Scottish assistants in French and Prussian schools and colleges, 1912
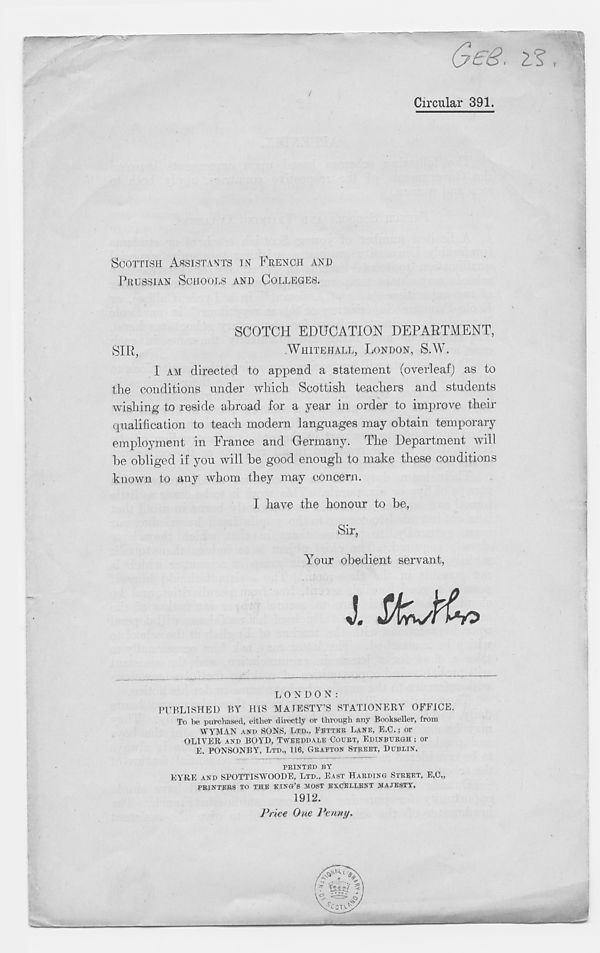
/
GES
Circular 391.
SCOTTISH ASSISTANTS IN FRENCH AND
PRUSSIAN SCHOOLS AND COLLEGES.
SIR,
SCOTCH EDUCATION DEPARTMENT,
.WHITEHALL, LONDON, S.W.
I AM directed to append a statement (overleaf) as to
the conditions under which Scottish teachers and students
wishing to reside abroad for a year in order to improve their
qualification to teach modern languages may obtain temporary
employment in France and Germany. The Department will
be obliged if you will be good enough to make these conditions
known to any whom they may concern.
I have the honour to be,
Sir,
Your obedient servant,
LONDON:
PUBLISHED BY HIS MAIESTY’S STATIONERY OFFICE.
To be purchased, either directly or through any Bookseller, from
WYMAN AND SONS, LTD., FBTTBK. LANE, E.C.; or
OLIVER AND BOYD, TWEEDDADE COURT, EDINBURGH: ; or
E. PONSONBY, LTD., 116, GRAETON STREET, DUBLIN.
ERINTED BY
EYRE AND SPOTTISWOODE, LTD., EAST HARDING STREET, E.C.,
PRINTERS TO THE KING’S MOST EXCELLENT MAJESTY.
1912.
Price One Penny.